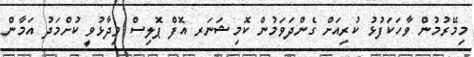
މިމޭރުމުން ވާހަކަފުޅު ކުރިއަށް ގެންދަވަމުން ކޮމިޝަނަރ އޮފް ޕޮލިސް ވިދާޅުވީ ކުށްމަދު އަމާން